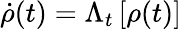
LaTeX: {{\dot{\rho}}}(t)={{\Lambda}_{t}}\left[{{\rho}(t)}\right]